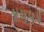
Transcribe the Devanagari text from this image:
४५५४